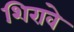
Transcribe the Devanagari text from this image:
शिरावे